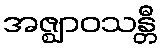
အဇ္ဈာဝသန္တီ